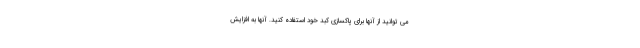
می توانید از آنها برای پاکسازی کبد خود استفاده کنید. آنها به افزایش